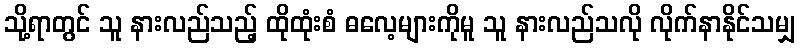
သို့ရာတွင် သူ နားလည်သည့် ထိုထုံးစံ ဓလေ့များကိုမူ သူ နားလည်သလို လိုက်နာနိုင်သမျှ